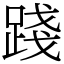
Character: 踐